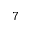
^ 7